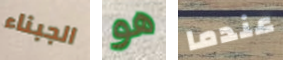
الجبناء هو عندما